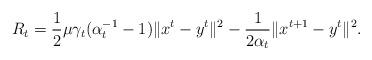
LaTeX: \begin{align*}R_t=\frac{1}{2}\mu\gamma_t(\alpha_t^{-1}-1)\|x^t-y^t\|^2-\frac{1}{2\alpha_t}\|x^{t+1}-y^t\|^2.\end{align*}